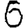
Digit: 6